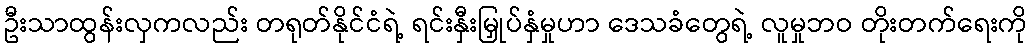
ဦးသာထွန်းလှကလည်း တရုတ်နိုင်ငံရဲ့ ရင်းနှီးမြှုပ်နှံမှုဟာ ဒေသခံတွေရဲ့ လူမှုဘဝ တိုးတက်ရေးကို